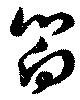
嚮